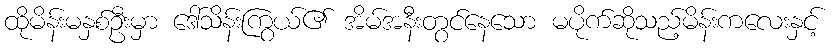
ထိုမိန်းမနှစ်ဦးမှာ ဒေါ်သိန်းကြွယ်၏ အိမ်အနီးတွင်နေသော မပိုက်ဆိုသည့်မိန်းကလေးနှင့်